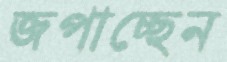
জপাচ্ছেন